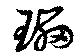
瓃